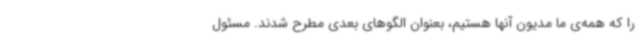
را که همه‌ی ما مدیون آنها هستیم، بعنوان الگوهای بعدی مطرح شدند. مسئول